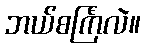
ဘယ်စင်္ကြံလဲ။